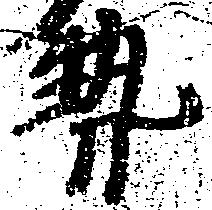
勢